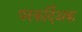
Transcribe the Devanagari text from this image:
परकर्दिअक